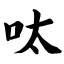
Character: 呔